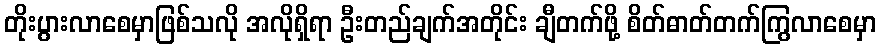
တိုးပွားလာစေမှာဖြစ်သလို အလိုရှိရာ ဦးတည်ချက်အတိုင်း ချီတက်ဖို့ စိတ်ဓာတ်တက်ကြွလာစေမှာ